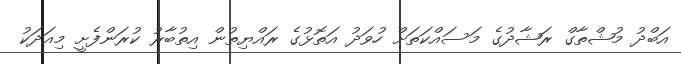
އަބްދު މުޝްތާގް ރަޝާދުގެ މަސައްކަތަށް ހުވަދު އަތޮޅުގެ ރައްޔިތުން އިތުބާރު ކުރަންފެށީ މިއަދަކު